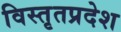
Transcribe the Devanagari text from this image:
विस्तृतप्रदेश